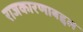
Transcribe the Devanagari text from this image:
राजकारणाबद्दल